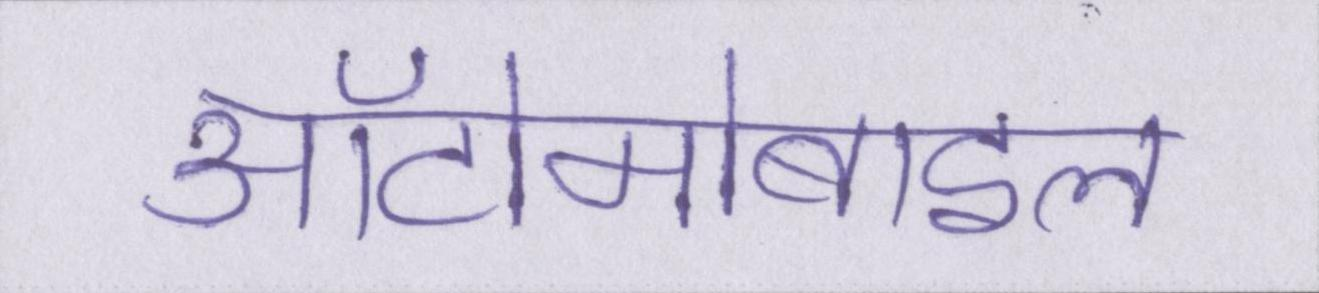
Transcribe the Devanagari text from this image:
ऑटोमोबाइल